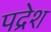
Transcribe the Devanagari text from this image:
पद्रेश